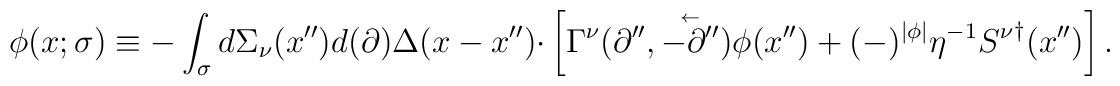
\phi (x;\sigma )\equiv - \int_\sigma  {d\Sigma _\nu (x'')d(\partial )\Delta (x-x'')\cdot }\left[ {\Gamma ^\nu (\partial '',\mathord{\buildrel{\lower3pt\hbox{$\scriptscriptstyle\leftarrow$}}\over {-\partial''} } )\phi (x'')+ (-)^{\left| \phi \right| }\eta ^{-1}{S^\nu}^{\dagger} (x'')} \right].